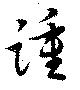
踵